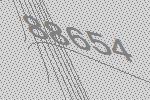
88654